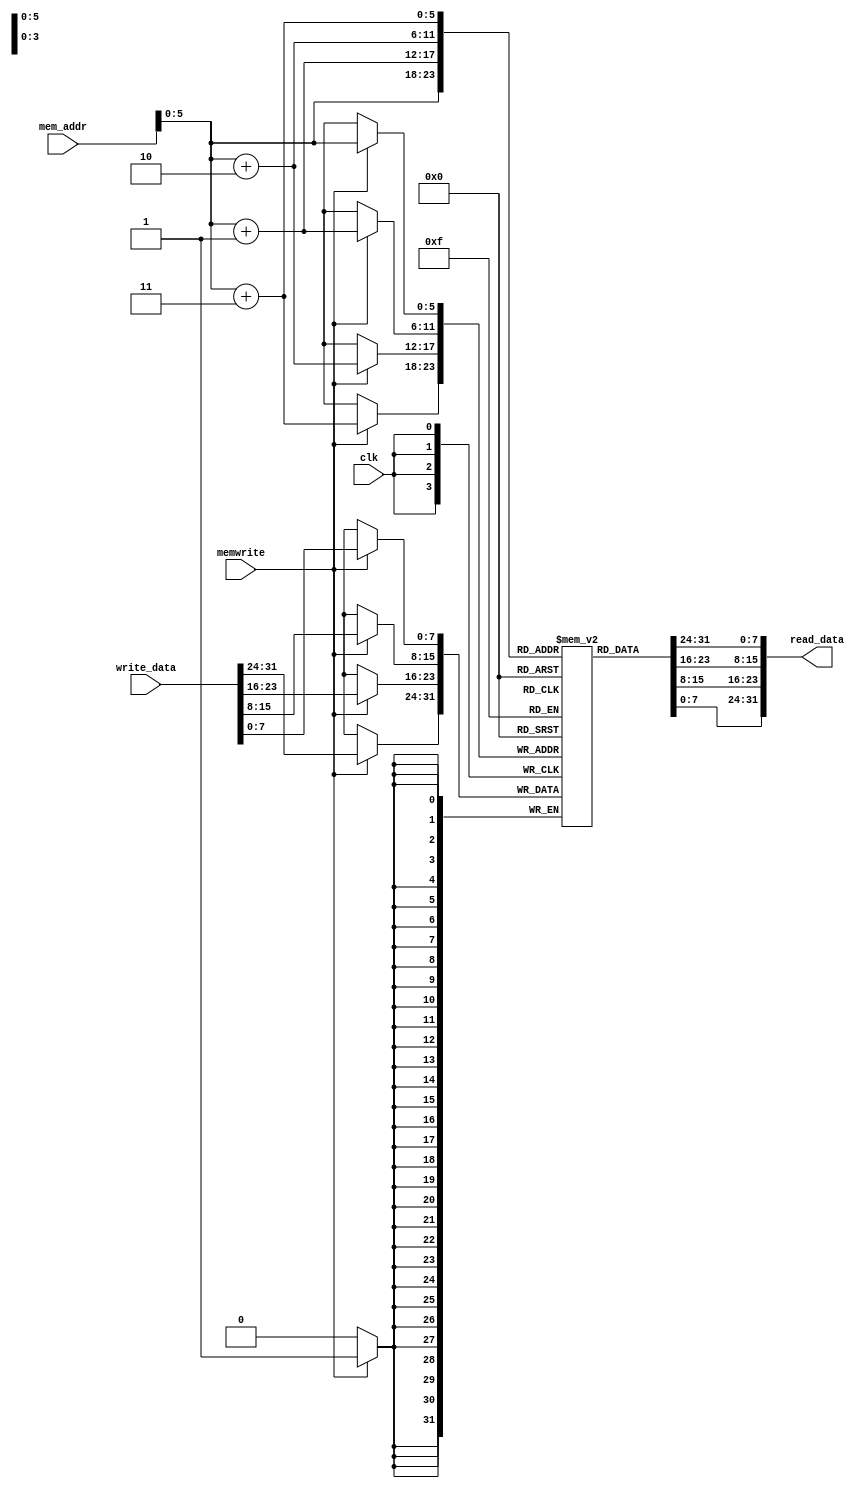
module datamem(mem_addr,write_data,clk,memwrite,read_data);
input [31:0] mem_addr,write_data;
input clk,memwrite;
output [31:0] read_data;
reg [7:0] ram_dm [63:0];
integer i;
initial 
begin
 for(i=0; i<64; i=i+1) 
 ram_dm[i] = i;
end
assign read_data = {ram_dm[mem_addr+3],ram_dm[mem_addr+2],ram_dm[mem_addr+1],ram_dm[mem_addr]};
always @(posedge clk)
begin
 if (memwrite)
 {ram_dm[mem_addr+3],ram_dm[mem_addr+2],ram_dm[mem_addr+1],ram_dm[mem_addr]} = write_data;
end
endmodule